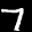
Label: 7